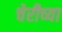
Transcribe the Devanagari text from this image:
चेरीच्या